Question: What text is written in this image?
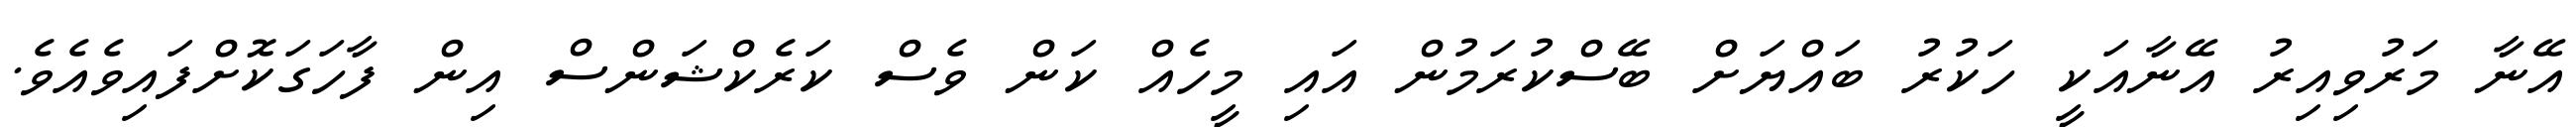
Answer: އޭނާ މަރުވިއިރު އޭނާއަކީ ހަކުރު ބައްޔަށް ބޭސްކުރަމުން އައި މީހެއް ކަން ވެސް ކަރެކްޝަންސް އިން ފާހަގަކޮށްފައިވެއެވެ.